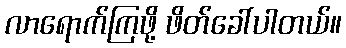
လာရောက်ကြဖို့ ဖိတ်ခေါ်ပါတယ်။